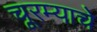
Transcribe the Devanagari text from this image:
चूरम्याचे